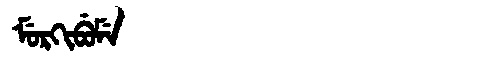
Manchu: ᠮᡠᡵᡴᡳᠪᡠᠮᡝ
Romanization: MURKIBUME